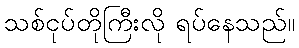
သစ်ငုပ်တိုကြီးလို ရပ်နေသည်။